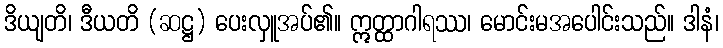
ဒိယျတိ၊ ဒီယတိ (ဆဋ္ဌ) ပေးလှူအပ်၏။ ဣတ္ထာဂါရဿ၊ မောင်းမအပေါင်းသည်။ ဒါနံ၊